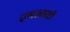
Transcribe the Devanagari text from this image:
एसआरटी